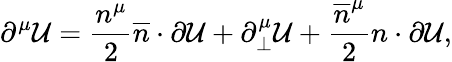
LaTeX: \partial^{\mu}\mathcal{U}=\frac{n^{\mu}}{2}\overline{{{n}}}\cdot\partial\mathcal{U}+\partial_{\perp}^{\mu}\mathcal{U}+\frac{\overline{{{n}}}^{\mu}}{2}n\cdot\partial\mathcal{U},